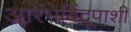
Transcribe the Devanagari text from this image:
आरंभबिंदूपाशी